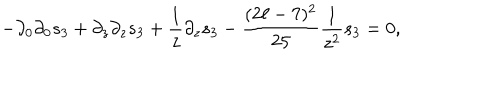
- \partial _ { 0 } \partial _ { 0 } s _ { 3 } + \partial _ { z } \partial _ { z } s _ { 3 } + { \frac { 1 } { z } } \partial _ { z } s _ { 3 } - { \frac { ( 2 \ell - 7 ) ^ { 2 } } { 2 5 } } { \frac { 1 } { z ^ { 2 } } } s _ { 3 } = 0 ,